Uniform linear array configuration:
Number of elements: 32
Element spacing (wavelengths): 0.75
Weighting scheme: hann
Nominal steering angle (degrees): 60
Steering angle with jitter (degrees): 60.449
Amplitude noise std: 0.05
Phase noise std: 0.05

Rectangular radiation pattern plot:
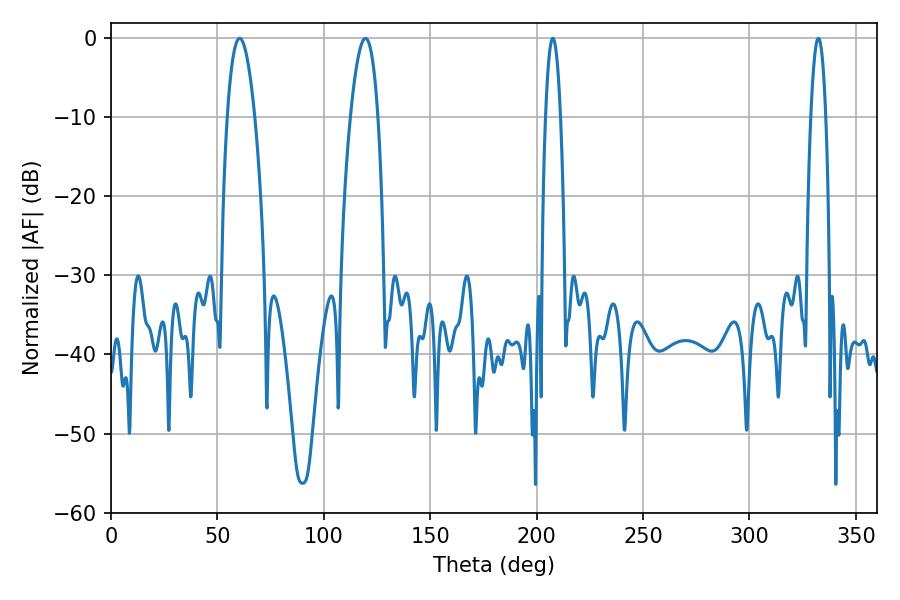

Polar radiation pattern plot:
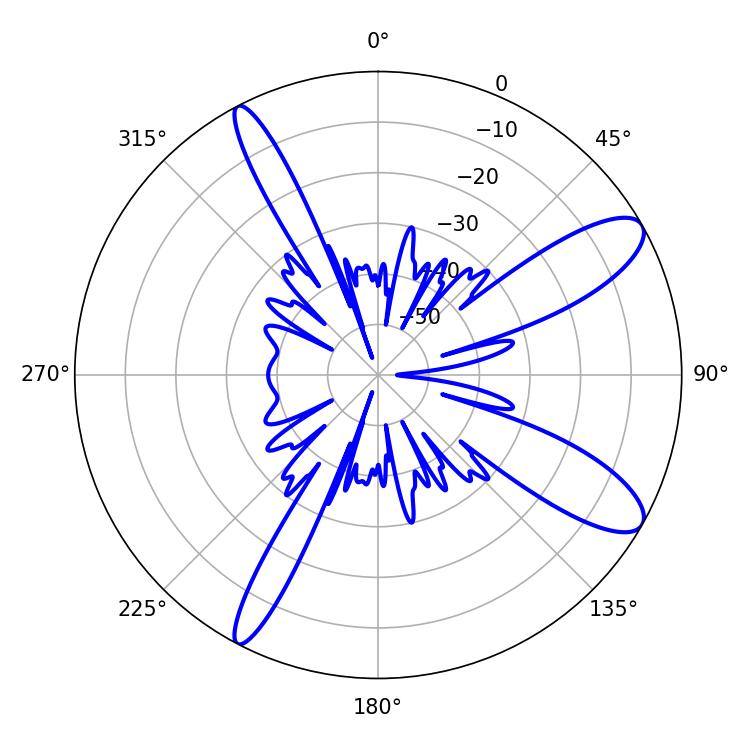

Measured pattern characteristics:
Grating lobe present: TRUE
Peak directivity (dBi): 10.834
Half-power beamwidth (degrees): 7.2
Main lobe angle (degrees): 60.48